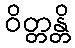
ဝိတ္တန္တိ